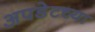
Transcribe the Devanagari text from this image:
अपडेटच्या